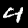
Digit: 4